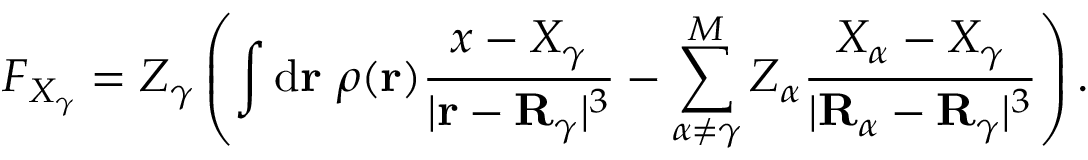
F _ { X _ { \gamma } } = Z _ { \gamma } \left( \int \mathrm { d } \mathbf { r } \ \rho ( \mathbf { r } ) { \frac { x - X _ { \gamma } } { | \mathbf { r } - \mathbf { R } _ { \gamma } | ^ { 3 } } } - \sum _ { \alpha \neq \gamma } ^ { M } Z _ { \alpha } { \frac { X _ { \alpha } - X _ { \gamma } } { | \mathbf { R } _ { \alpha } - \mathbf { R } _ { \gamma } | ^ { 3 } } } \right) .